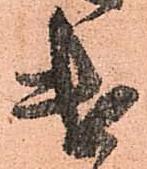
遣